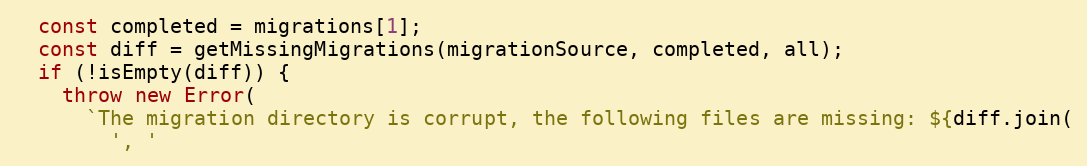
Language: JavaScript
  const completed = migrations[1];
  const diff = getMissingMigrations(migrationSource, completed, all);
  if (!isEmpty(diff)) {
    throw new Error(
      `The migration directory is corrupt, the following files are missing: ${diff.join(
        ', '